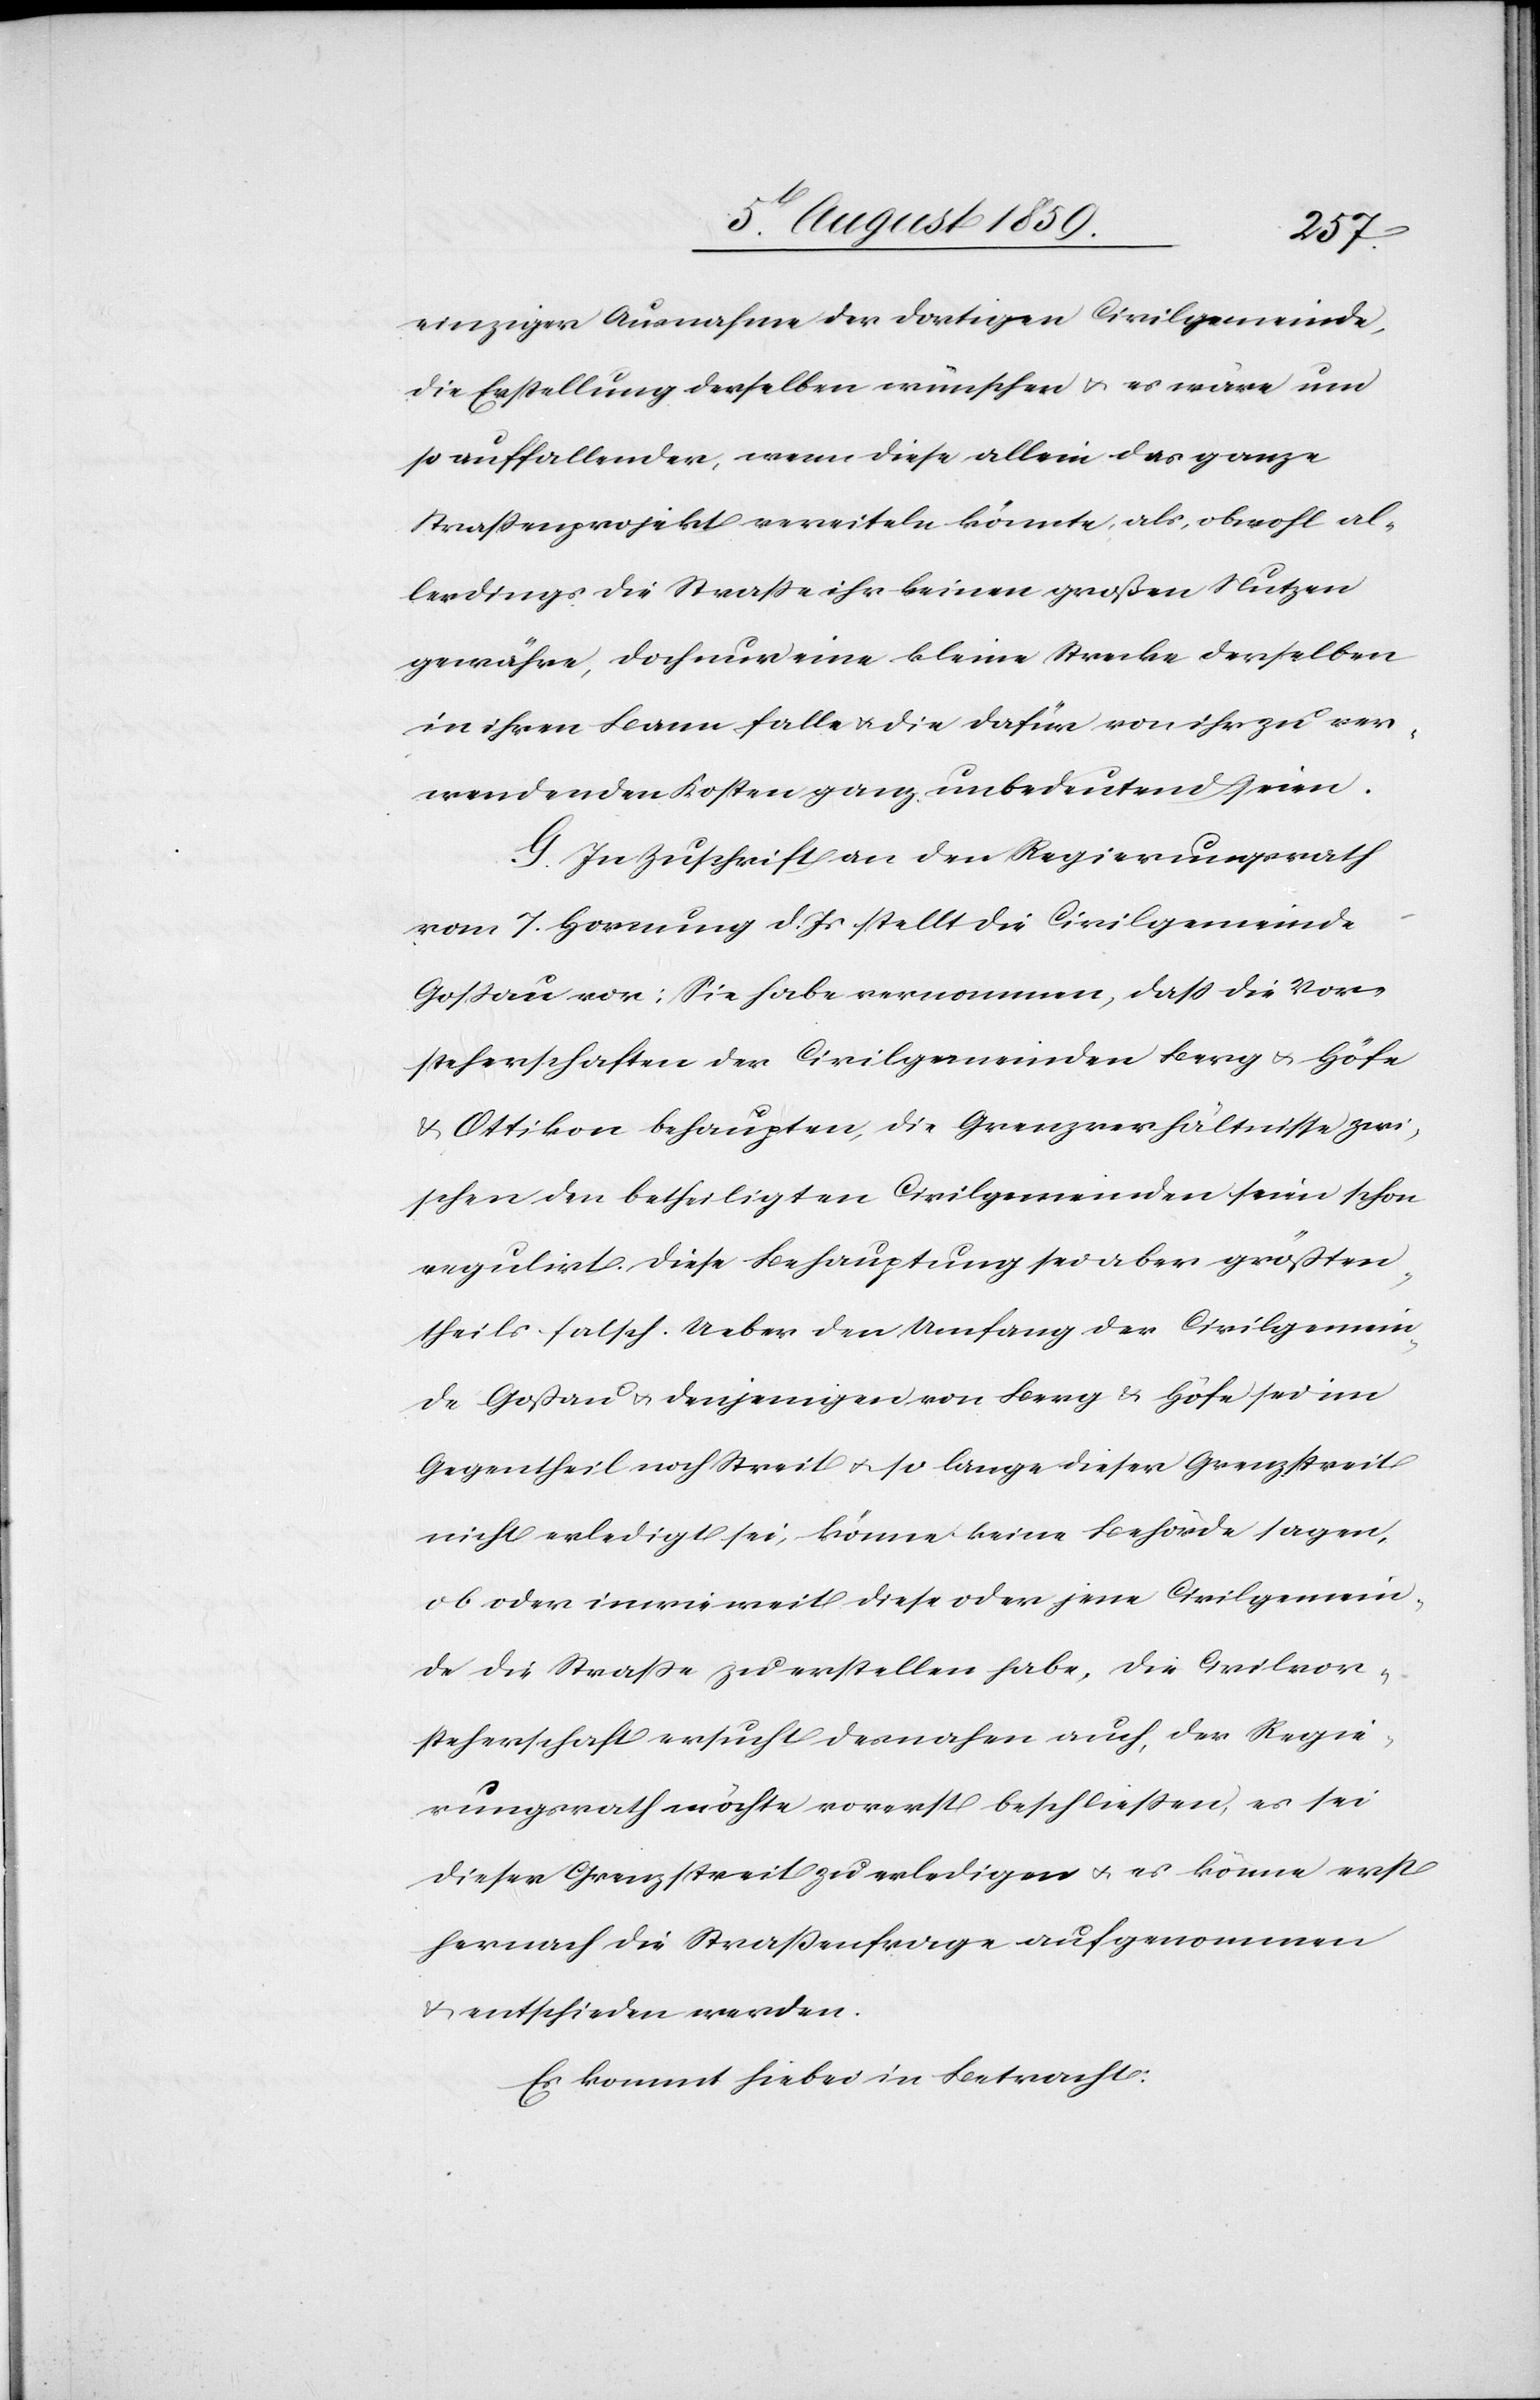
einziger Ausnahme der dortigen Civilgemeinde,
die Erstellung derselben wünschen u. es wäre um
so auffallender, wenn diese allein das ganze
Straßenprojekt vereiteln könnte, als, obwohl al¬
lerdings die Straße ihr keinen großen Nutzen
gewähre, doch nur eine kleine Strecke derselben
in ihren Bann falle u. die dafür von ihr zu ver¬
wendenden Kosten ganz unbedeutend seien.
G. In Zuschrift an den Regierungsrath
vom 7. Hornung d. Js. stellt die Civilgemeinde
Goßau vor: Sie habe vernommen, daß die Vor¬
steherschaften der Civilgemeinden Berg u. Höfe
u. Ottikon behaupten, die Grenzverhältnisse zwi¬
schen den betheiligten Civilgemeinden seien schon
reguliert. Diese Behauptung sei aber größten¬
theils falsch. Ueber den Umfang der Civilgemein¬
de Goßau u. denjenigen von Bern u. Höfe sei im
Gegentheil noch Streit u. so lange dieser Grenzstreit
nicht erledigt sei, könne keine Behörde sagen,
ob oder inwieweit diese oder jene Civilgemein¬
de die Straße zu erstellen habe, die Civilvor¬
steherschaft ersucht desnahen auch, der Regie¬
rungsrath möchte vorerst beschließen, es sei
dieser Grenzstreit zu erledigen u. es könne erst
hernach die Straßenfrage aufgenommen
u. entschieden werden.
Es kommt hiebei in Betracht: